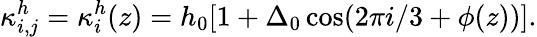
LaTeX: \kappa_{i,j}^{h}=\kappa_{i}^{h}(z)=h_{0}[1+\Delta_{0}\cos(2\pi i/3+\phi(z))].